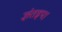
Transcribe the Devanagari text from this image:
ज्ञंतइप।